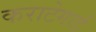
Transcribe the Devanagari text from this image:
कराटेगार्ड